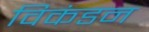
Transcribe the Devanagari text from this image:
विकंडन